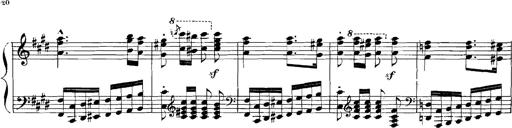
Title: Rhapsodies hongroises
Composer: Franz Liszt